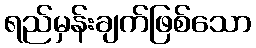
ရည်မှန်းချက်ဖြစ်သော